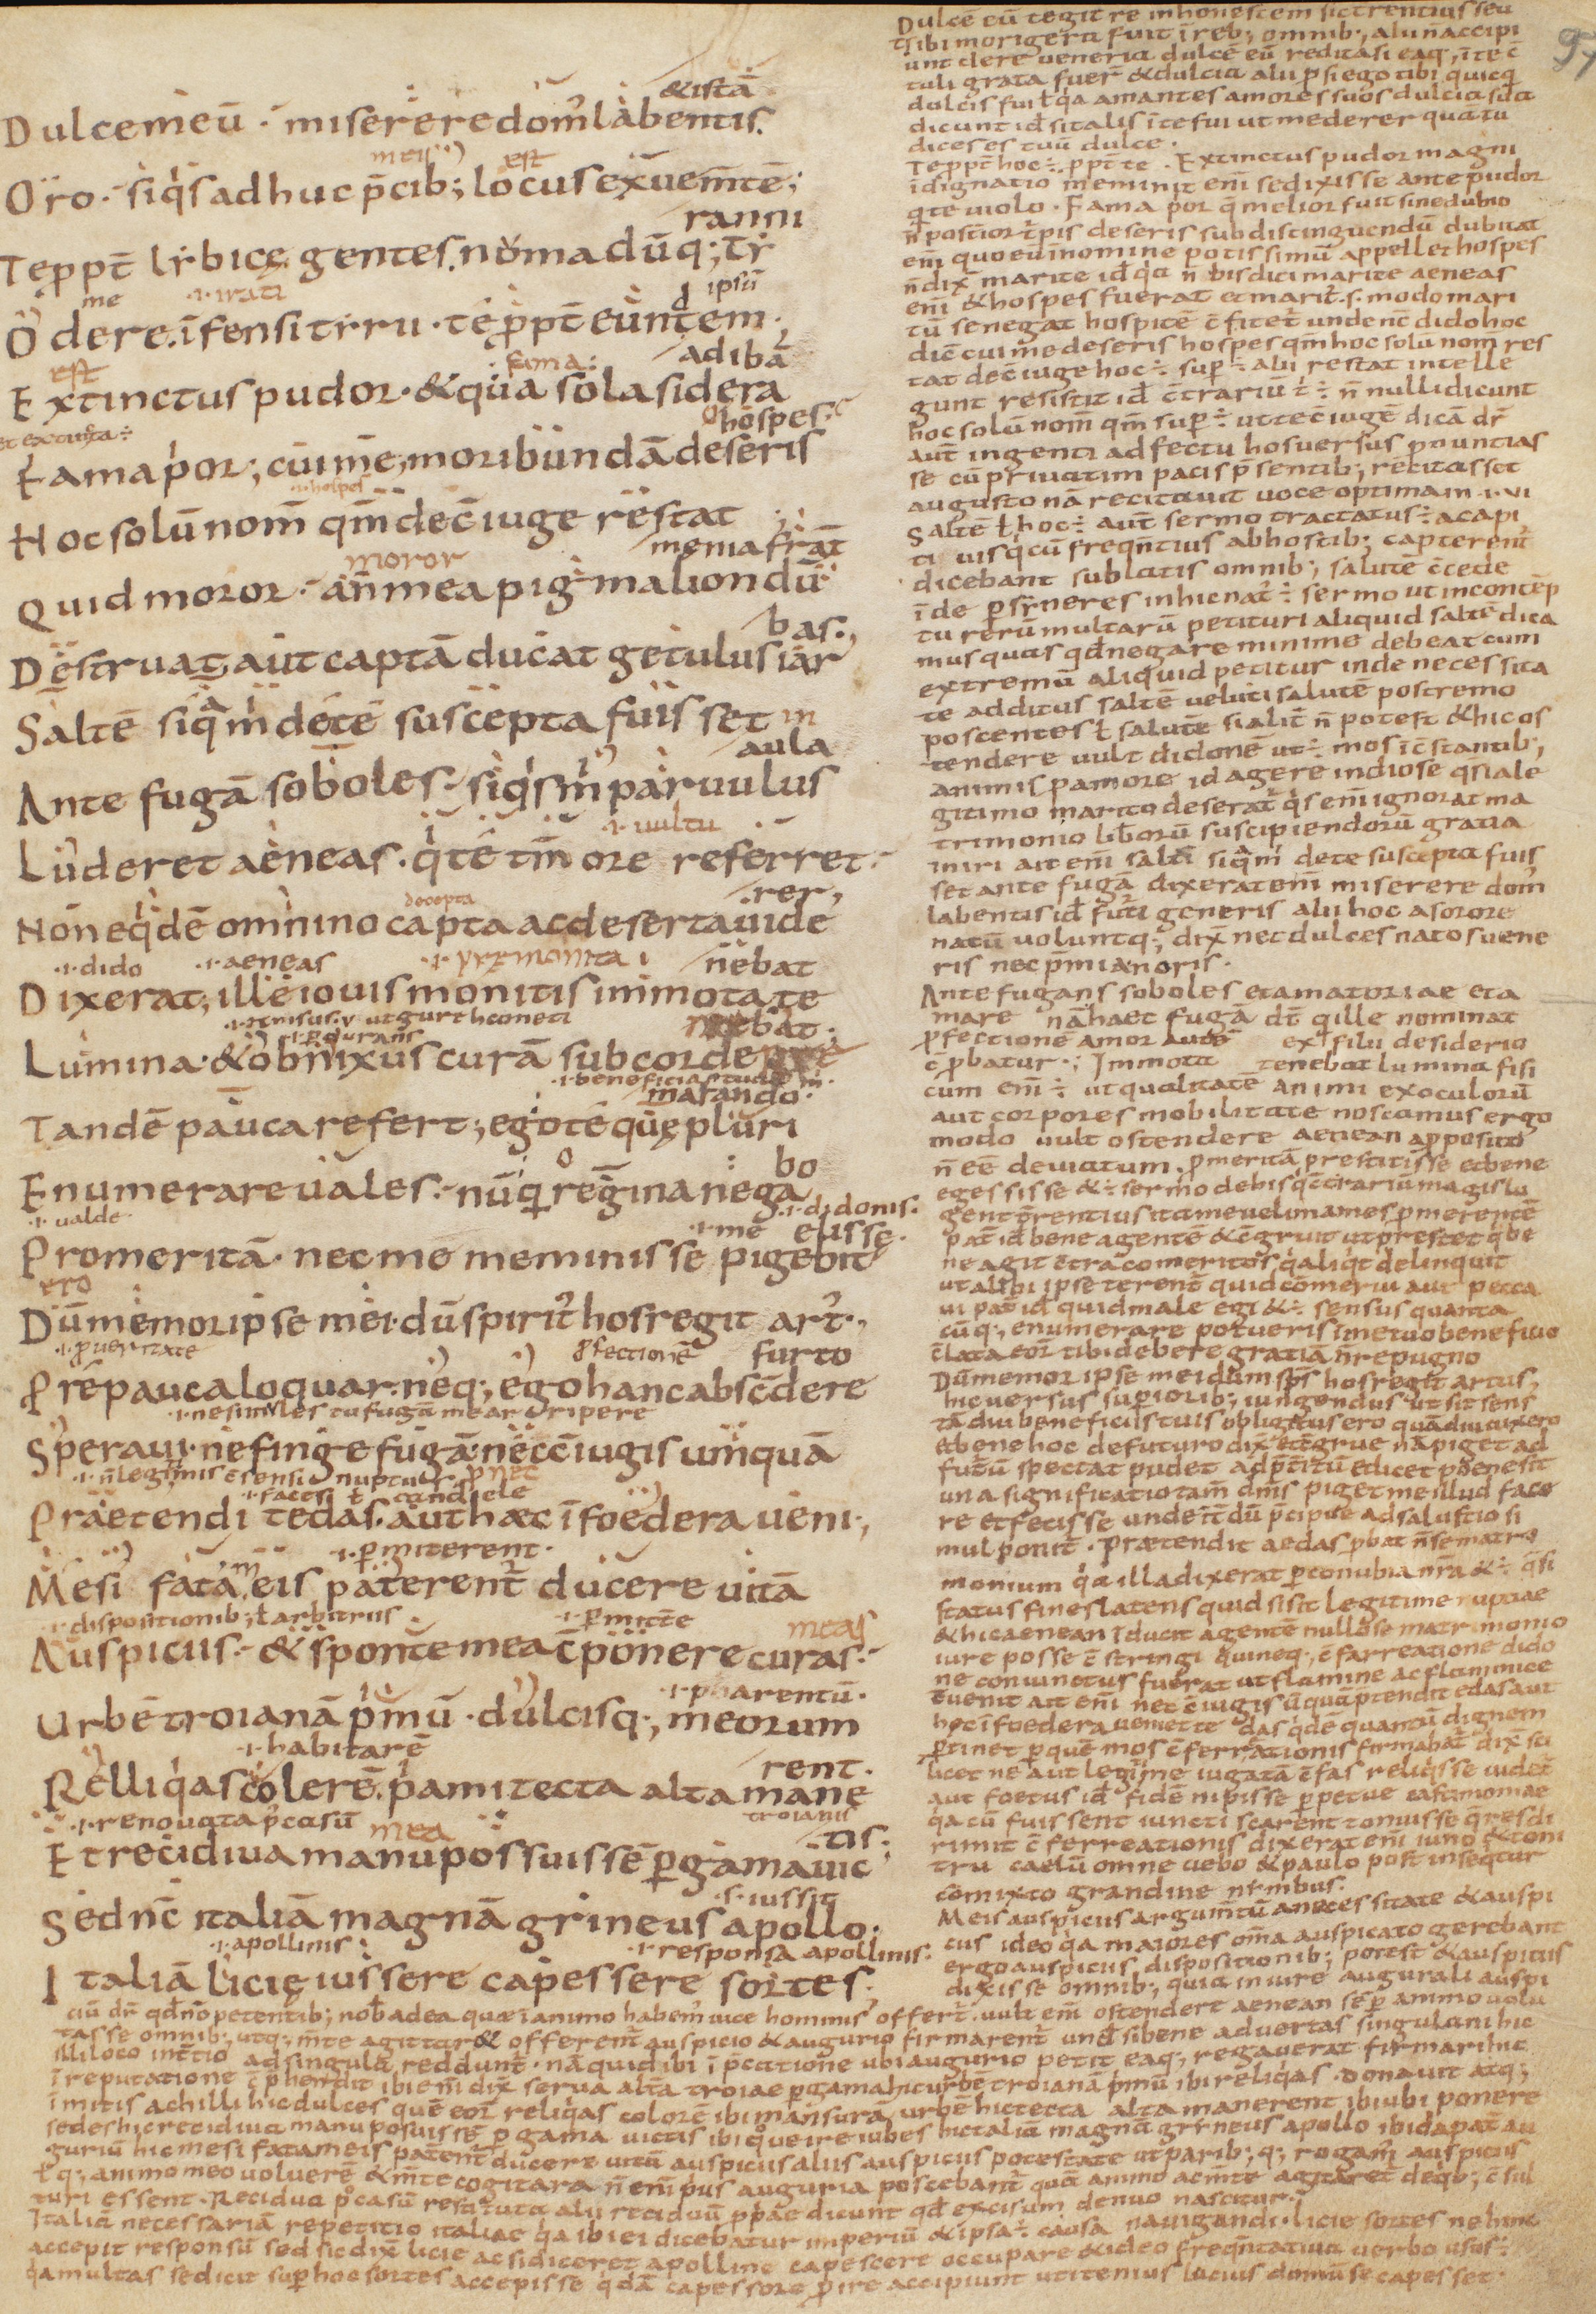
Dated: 850–999